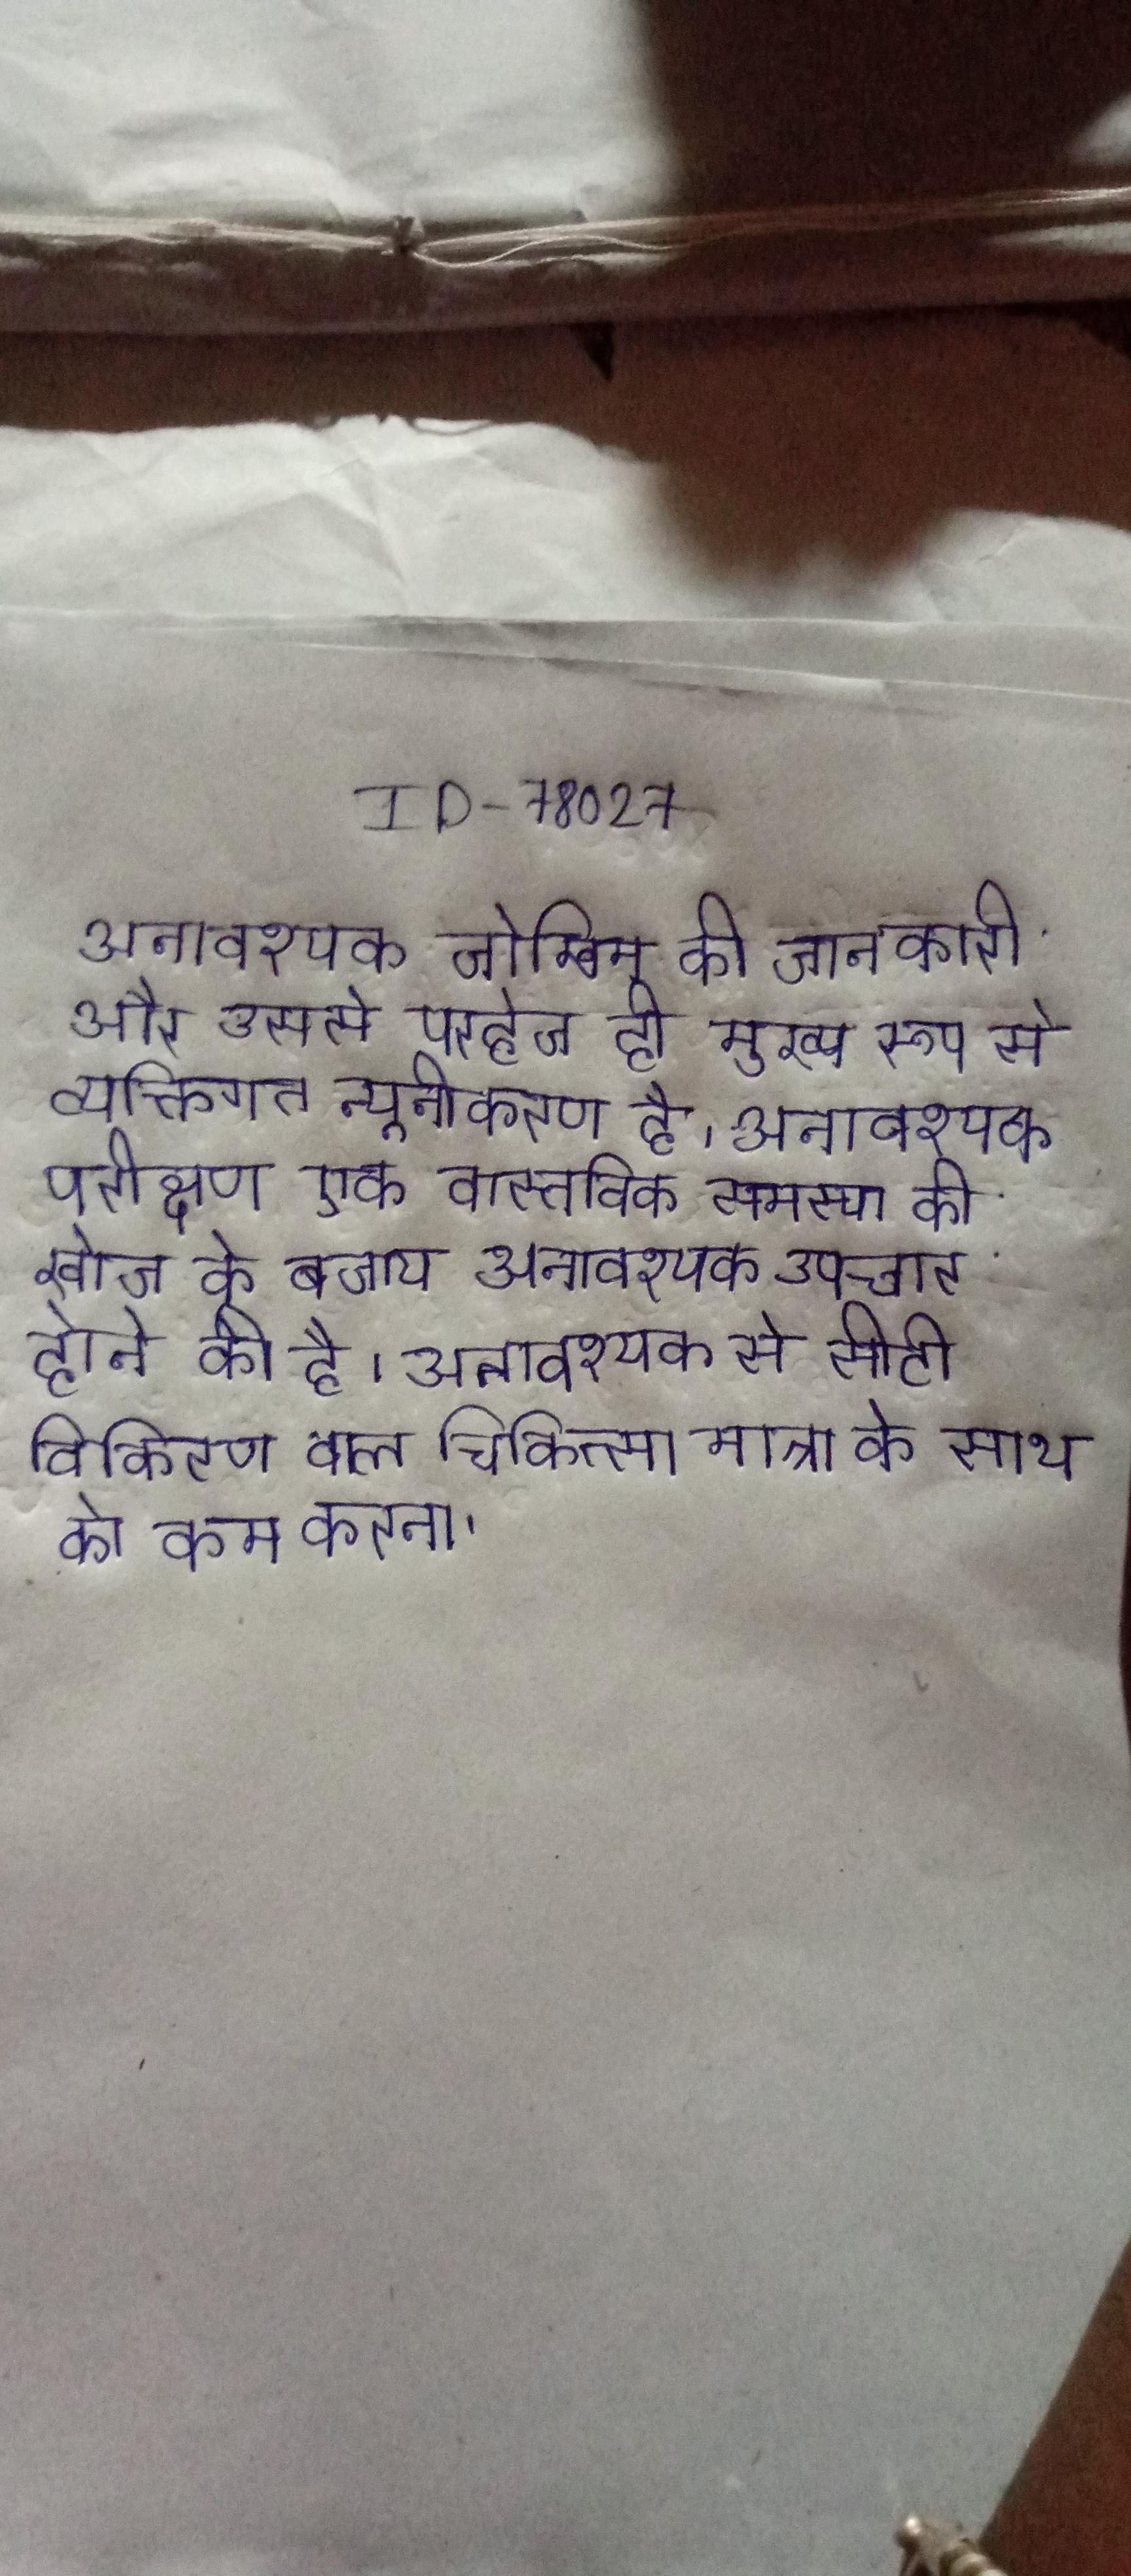
अनावश्यक जोखिम की जानकारी और उससे परहेज ही मुख्य रूप से व्यक्तिगत न्यूनीकरण है । अनावश्यक परीक्षण एक वास्तविक समस्या की खोज के बजाय अनावश्यक उपचार होने की है । अनावश्यक से सीटी विकिरण बाल चिकित्सा मात्रा के साथ को कम करना .